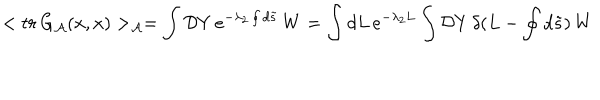
< t r \, G _ { \cal A } ( x , x ) > _ { \cal A } = \int { \mathcal { D } Y } \, e ^ { - { \lambda _ { 2 } } \oint { d } \tilde { s } } \, W = \int d L \, e ^ { - \lambda _ { 2 } L } \int { \mathcal { D } Y } \, \delta ( L - \oint { d } \tilde { s } ) \, W